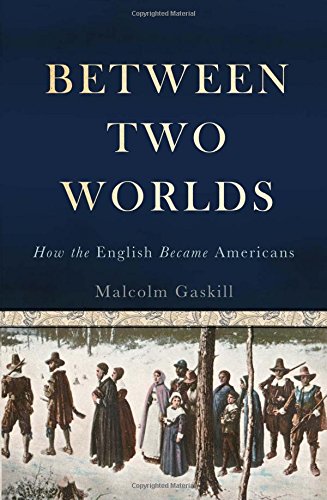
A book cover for Between Two Worlds: How the English Became Americans; Malcolm Gaskill; History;